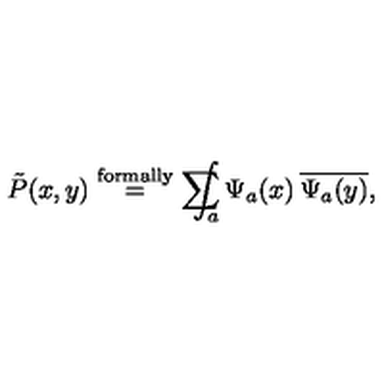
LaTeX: \tilde { P } ( x , y ) \stackrel { \mathrm { \scriptsize { f o r m a l l y } } } { = } \sum \! \! \! \! \! \! \! \int _ { a } \Psi _ { a } ( x ) \: \overline { { \Psi _ { a } ( y ) } } ,